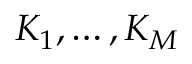
K _ { 1 } , \dots , K _ { M }